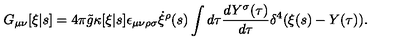
G _ { \mu \nu } [ \xi | s ] = 4 \pi { \tilde { g } } \kappa [ \xi | s ] \epsilon _ { \mu \nu \rho \sigma } \dot { \xi } ^ { \rho } ( s ) \int d \tau \frac { d Y ^ { \sigma } ( \tau ) } { d \tau } \delta ^ { 4 } ( \xi ( s ) - Y ( \tau ) ) .